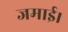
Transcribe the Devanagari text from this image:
जमाई।